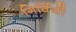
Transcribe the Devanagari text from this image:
गिर्वियों